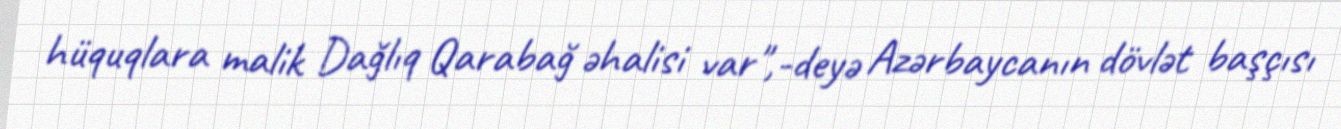
hüquqlara malik Dağlıq Qarabağ əhalisi var",-deyə Azərbaycanın dövlət başçısı